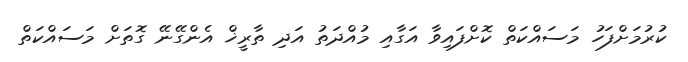
ކުރުމަށްފަހު މަސައްކަތް ކޮށްފައިވާ އަގާއި މުއްދަތު އަދި ތާރީޚް އެންގޭނޭ ގޮތަށް މަސައްކަތް